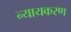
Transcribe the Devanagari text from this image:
न्यायकरण